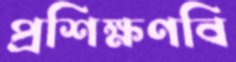
প্রশিক্ষণবি